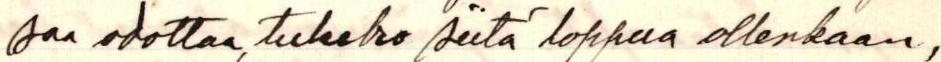
saa odottaa, tuleeko siitä loppua ollenkaan,